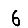
Digit: 6